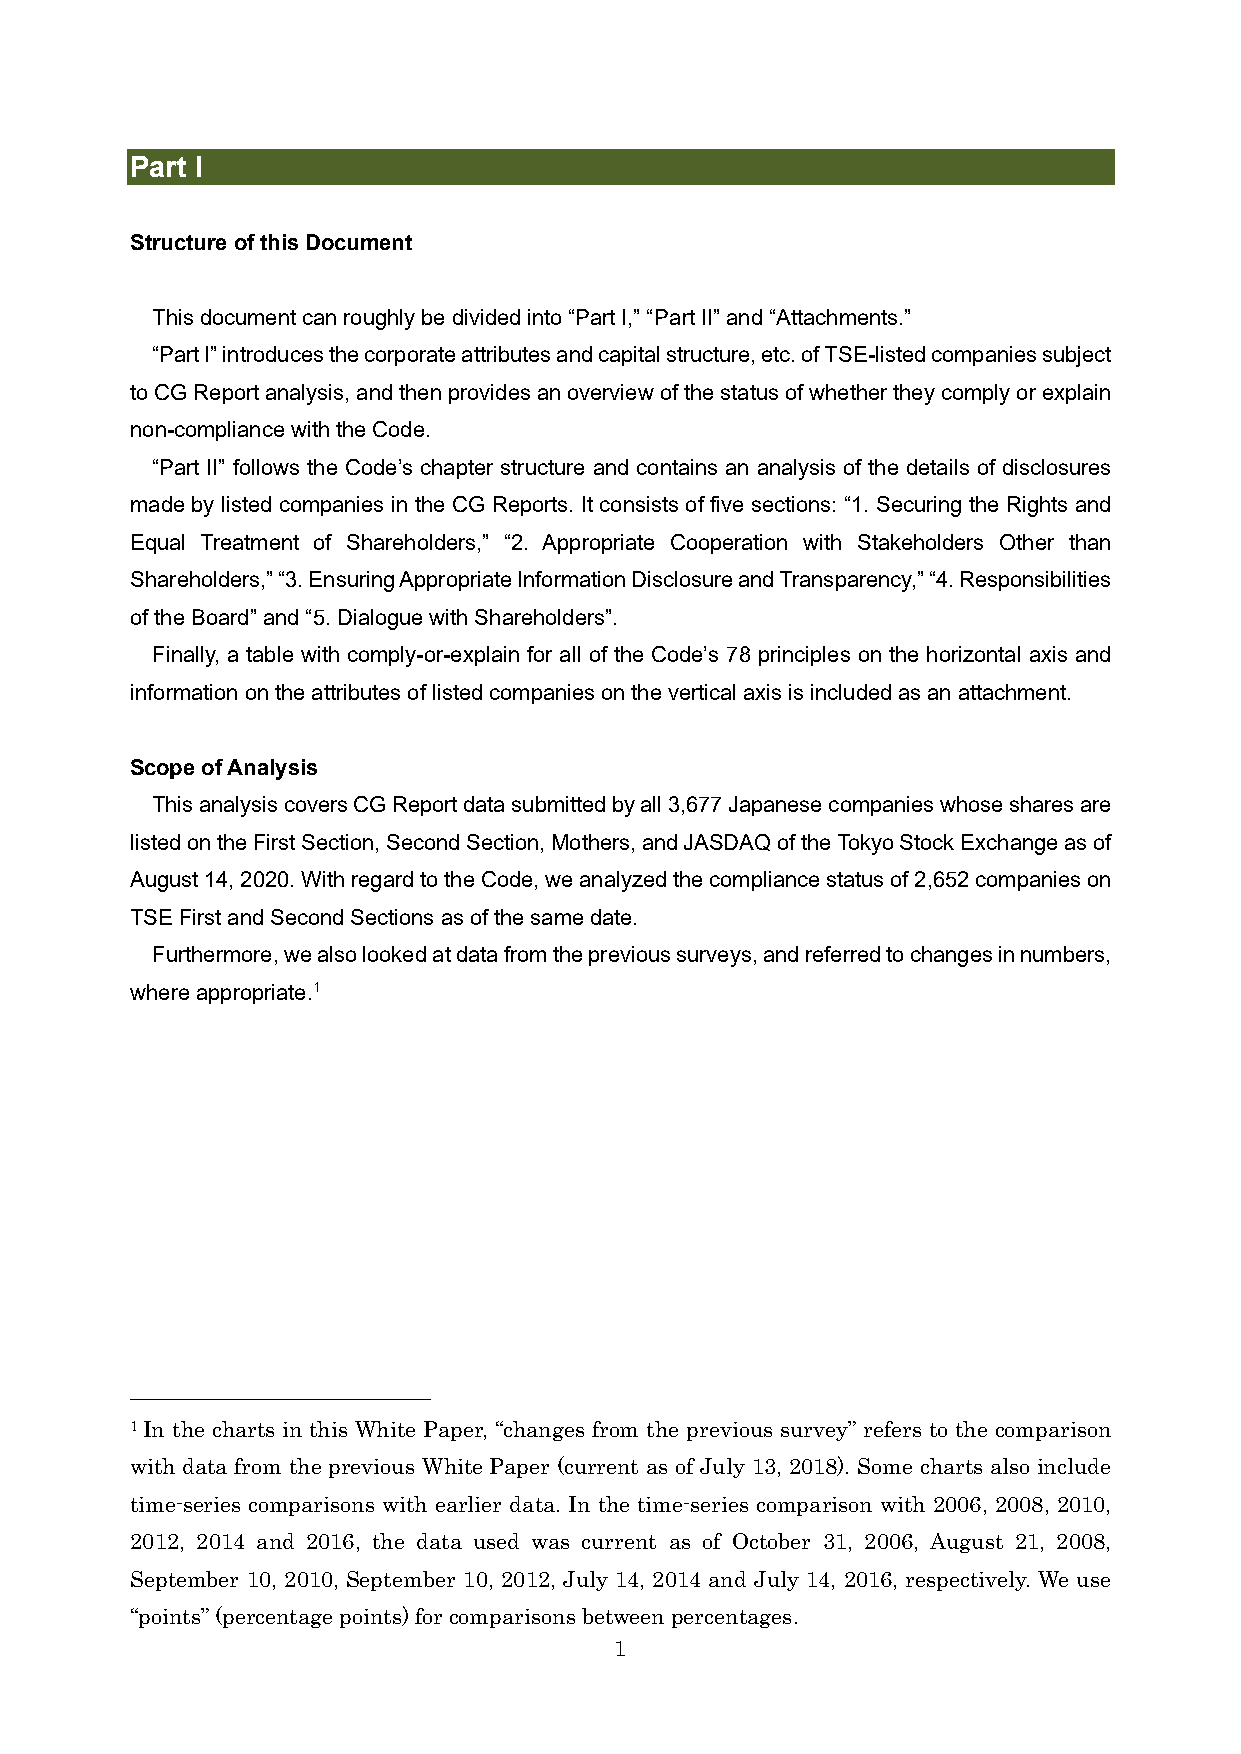
Part I
 Structure of this Document
 This document can roughly be divided into “Part I,” “Part II” and “Attachments.”
 “Part I” introduces the corporate attributes and capital structure, etc. of TSE-listed companies subject
 to CG Report analysis, and then provides an overview of the status of whether they comply or explain
 non-compliance with the Code.
 “Part II” follows the Code’s chapter structure and contains an analysis of the details of disclosures
 made by listed companies in the CG Reports. It consists of five sections: “1. Securing the Rights and
 Equal Treatment of Shareholders,” “2. Appropriate Cooperation with Stakeholders Other than
 Shareholders,” “3. Ensuring Appropriate Information Disclosure and Transparency,” “4. Responsibilities
 of the Board” and “5. Dialogue with Shareholders”.
 Finally, a table with comply-or-explain for all of the Code’s 78 principles on the horizontal axis and
 information on the attributes of listed companies on the vertical axis is included as an attachment.
 Scope of Analysis
 This analysis covers CG Report data submitted by all 3,677 Japanese companies whose shares are
 listed on the First Section, Second Section, Mothers, and JASDAQ of the Tokyo Stock Exchange as of
 August 14, 2020. With regard to the Code, we analyzed the compliance status of 2,652 companies on
 TSE First and Second Sections as of the same date.
 Furthermore, we also looked at data from the previous surveys, and referred to changes in numbers,
 where appropriate.1
 1 In the charts in this White Paper, “changes from the previous survey” refers to the comparison
 with data from the previous White Paper (current as of July 13, 2018). Some charts also include
 time-series comparisons with earlier data. In the time-series comparison with 2006, 2008, 2010,
 2012, 2014 and 2016, the data used was current as of October 31, 2006, August 21, 2008,
 September 10, 2010, September 10, 2012, July 14, 2014 and July 14, 2016, respectively. We use
 “points” (percentage points) for comparisons between percentages.
 1